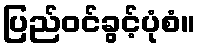
ပြည်ဝင်ခွင့်ပုံစံ။